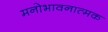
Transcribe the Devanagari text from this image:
मनोभावनात्मक